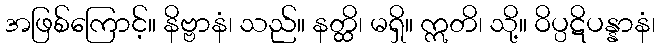
အဖြစ်ကြောင့်။ နိဗ္ဗာနံ၊ သည်။ နတ္ထိ၊ မရှိ။ ဣတိ၊ သို့။ ဝိပ္ပဋိပန္နာနံ၊